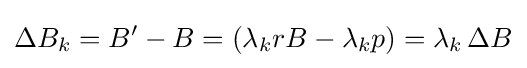
\Delta B_{k}=B'-B=(\lambda _{k}rB-\lambda _{k}p)=\lambda _{k}\,\Delta B